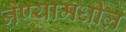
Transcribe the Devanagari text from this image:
नेण्यामधील